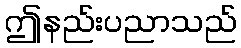
ဤနည်းပညာသည်